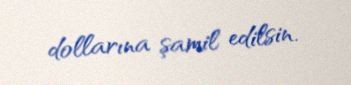
dollarına şamil edilsin.